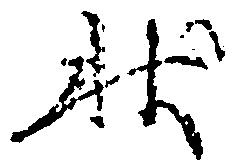
状